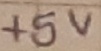
Text: +5V